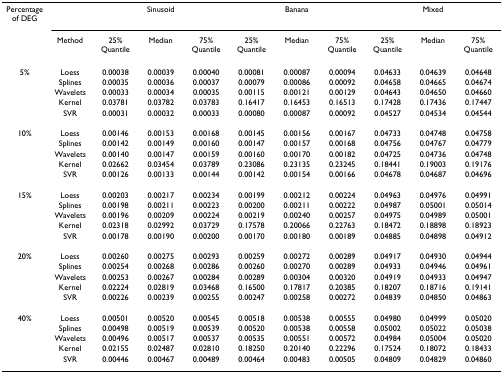
<table><thead><tr><td><b>Percentage of DEG</b></td><td></td><td colspan="3"><b>Sinusoid</b></td><td colspan="3"><b>Banana</b></td><td colspan="3"><b>Mixed</b></td></tr><tr><td></td><td><b>Method</b></td><td><b>25% Quantile</b></td><td><b>Median</b></td><td><b>75% Quantile</b></td><td><b>25% Quantile</b></td><td><b>Median</b></td><td><b>75% Quantile</b></td><td><b>25% Quantile</b></td><td><b>Median</b></td><td><b>75% Quantile</b></td></tr></thead><tbody><tr><td>5%</td><td>Loess</td><td>0.00038</td><td>0.00039</td><td>0.00040</td><td>0.00081</td><td>0.00087</td><td>0.00094</td><td>0.04633</td><td>0.04639</td><td>0.04648</td></tr><tr><td></td><td>Splines</td><td>0.00035</td><td>0.00036</td><td>0.00037</td><td>0.00079</td><td>0.00086</td><td>0.00092</td><td>0.04658</td><td>0.04665</td><td>0.04674</td></tr><tr><td></td><td>Wavelets</td><td>0.00033</td><td>0.00034</td><td>0.00035</td><td>0.00115</td><td>0.00121</td><td>0.00129</td><td>0.04643</td><td>0.04650</td><td>0.04660</td></tr><tr><td></td><td>Kernel</td><td>0.03781</td><td>0.03782</td><td>0.03783</td><td>0.16417</td><td>0.16453</td><td>0.16513</td><td>0.17428</td><td>0.17436</td><td>0.17447</td></tr><tr><td></td><td>SVR</td><td>0.00031</td><td>0.00032</td><td>0.00033</td><td>0.00080</td><td>0.00087</td><td>0.00092</td><td>0.04527</td><td>0.04534</td><td>0.04544</td></tr><tr><td>10%</td><td>Loess</td><td>0.00146</td><td>0.00153</td><td>0.00168</td><td>0.00145</td><td>0.00156</td><td>0.00167</td><td>0.04733</td><td>0.04748</td><td>0.04758</td></tr><tr><td></td><td>Splines</td><td>0.00142</td><td>0.00149</td><td>0.00160</td><td>0.00147</td><td>0.00157</td><td>0.00168</td><td>0.04756</td><td>0.04767</td><td>0.04779</td></tr><tr><td></td><td>Wavelets</td><td>0.00140</td><td>0.00147</td><td>0.00159</td><td>0.00160</td><td>0.00170</td><td>0.00182</td><td>0.04725</td><td>0.04736</td><td>0.04748</td></tr><tr><td></td><td>Kernel</td><td>0.02662</td><td>0.03454</td><td>0.03789</td><td>0.23086</td><td>0.23135</td><td>0.23245</td><td>0.18441</td><td>0.19003</td><td>0.19176</td></tr><tr><td></td><td>SVR</td><td>0.00126</td><td>0.00133</td><td>0.00144</td><td>0.00142</td><td>0.00154</td><td>0.00166</td><td>0.04678</td><td>0.04687</td><td>0.04696</td></tr><tr><td>15%</td><td>Loess</td><td>0.00203</td><td>0.00217</td><td>0.00234</td><td>0.00199</td><td>0.00212</td><td>0.00224</td><td>0.04963</td><td>0.04976</td><td>0.04991</td></tr><tr><td></td><td>Splines</td><td>0.00198</td><td>0.00211</td><td>0.00223</td><td>0.00200</td><td>0.00211</td><td>0.00222</td><td>0.04987</td><td>0.05001</td><td>0.05014</td></tr><tr><td></td><td>Wavelets</td><td>0.00196</td><td>0.00209</td><td>0.00224</td><td>0.00219</td><td>0.00240</td><td>0.00257</td><td>0.04975</td><td>0.04989</td><td>0.05001</td></tr><tr><td></td><td>Kernel</td><td>0.02318</td><td>0.02992</td><td>0.03729</td><td>0.17578</td><td>0.20066</td><td>0.22763</td><td>0.18472</td><td>0.18898</td><td>0.18923</td></tr><tr><td></td><td>SVR</td><td>0.00178</td><td>0.00190</td><td>0.00200</td><td>0.00170</td><td>0.00180</td><td>0.00189</td><td>0.04885</td><td>0.04898</td><td>0.04912</td></tr><tr><td>20%</td><td>Loess</td><td>0.00260</td><td>0.00275</td><td>0.00293</td><td>0.00259</td><td>0.00272</td><td>0.00289</td><td>0.04917</td><td>0.04930</td><td>0.04944</td></tr><tr><td></td><td>Splines</td><td>0.00254</td><td>0.00268</td><td>0.00286</td><td>0.00260</td><td>0.00270</td><td>0.00289</td><td>0.04933</td><td>0.04946</td><td>0.04961</td></tr><tr><td></td><td>Wavelets</td><td>0.00253</td><td>0.00267</td><td>0.00284</td><td>0.00289</td><td>0.00304</td><td>0.00320</td><td>0.04919</td><td>0.04933</td><td>0.04947</td></tr><tr><td></td><td>Kernel</td><td>0.02224</td><td>0.02819</td><td>0.03468</td><td>0.16500</td><td>0.17817</td><td>0.20385</td><td>0.18207</td><td>0.18716</td><td>0.19141</td></tr><tr><td></td><td>SVR</td><td>0.00226</td><td>0.00239</td><td>0.00255</td><td>0.00247</td><td>0.00258</td><td>0.00272</td><td>0.04839</td><td>0.04850</td><td>0.04863</td></tr><tr><td>40%</td><td>Loess</td><td>0.00501</td><td>0.00520</td><td>0.00545</td><td>0.00518</td><td>0.00538</td><td>0.00555</td><td>0.04980</td><td>0.04999</td><td>0.05020</td></tr><tr><td></td><td>Splines</td><td>0.00498</td><td>0.00519</td><td>0.00539</td><td>0.00520</td><td>0.00538</td><td>0.00558</td><td>0.05002</td><td>0.05022</td><td>0.05038</td></tr><tr><td></td><td>Wavelets</td><td>0.00496</td><td>0.00517</td><td>0.00537</td><td>0.00535</td><td>0.00551</td><td>0.00572</td><td>0.04984</td><td>0.05004</td><td>0.05020</td></tr><tr><td></td><td>Kernel</td><td>0.02155</td><td>0.02487</td><td>0.02810</td><td>0.18250</td><td>0.20140</td><td>0.22296</td><td>0.17524</td><td>0.18072</td><td>0.18433</td></tr><tr><td></td><td>SVR</td><td>0.00446</td><td>0.00467</td><td>0.00489</td><td>0.00464</td><td>0.00483</td><td>0.00505</td><td>0.04809</td><td>0.04829</td><td>0.04860</td></tr></tbody></table>